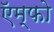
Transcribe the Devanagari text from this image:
ऍम्फो